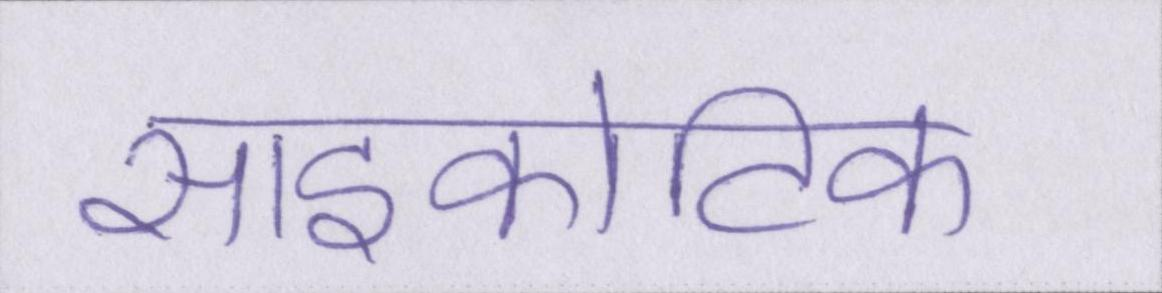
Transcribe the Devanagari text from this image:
साइकोटिक